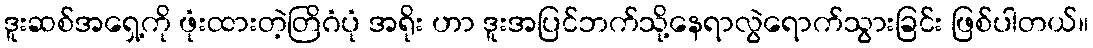
ဒူးဆစ်အရှေ့ကို ဖုံးထားတဲ့တြိဂံပုံ အရိုး ဟာ ဒူးအပြင်ဘက်သို့နေရာလွဲရောက်သွားခြင်း ဖြစ်ပါတယ်။